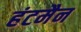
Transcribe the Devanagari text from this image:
हंटमैन